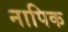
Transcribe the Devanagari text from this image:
नापिक